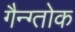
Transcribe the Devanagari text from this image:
गैन्ग्तोक